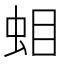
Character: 𧊁